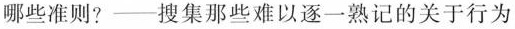
哪些准则?--搜集那些难以逐一熟记的关于行为